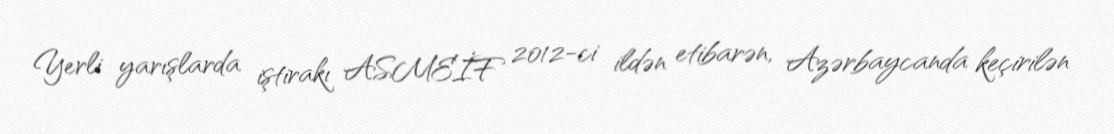
Yerli yarışlarda iştirakı ASMEİF 2012-ci ildən etibarən, Azərbaycanda keçirilən